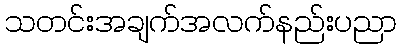
သတင်းအချက်အလက်နည်းပညာ